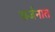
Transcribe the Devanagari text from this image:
सर्जनात